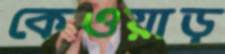
কেওয়াড়